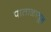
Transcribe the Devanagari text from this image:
पाताळातून